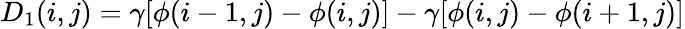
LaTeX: \begin{array}{r}{D_{1}(i,j)=\gamma[\phi(i-1,j)-\phi(i,j)]-\gamma[\phi(i,j)-\phi(i+1,j)]}\end{array}